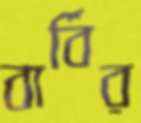
বার্বির